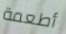
أطعمة